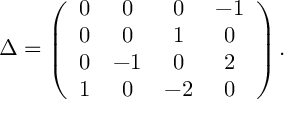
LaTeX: \Delta = \left( \begin{array} { c c c c } { { 0 } } & { { 0 } } & { { 0 } } & { { - 1 } } \\ { { 0 } } & { { 0 } } & { { 1 } } & { { 0 } } \\ { { 0 } } & { { - 1 } } & { { 0 } } & { { 2 } } \\ { { 1 } } & { { 0 } } & { { - 2 } } & { { 0 } } \end{array} \right) .